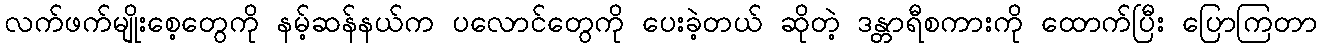
လက်ဖက်မျိုးစေ့တွေကို နမ့်ဆန်နယ်က ပလောင်တွေကို ပေးခဲ့တယ် ဆိုတဲ့ ဒန္တာရီစကားကို ထောက်ပြီး ပြောကြတာ